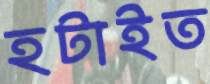
হটাইত